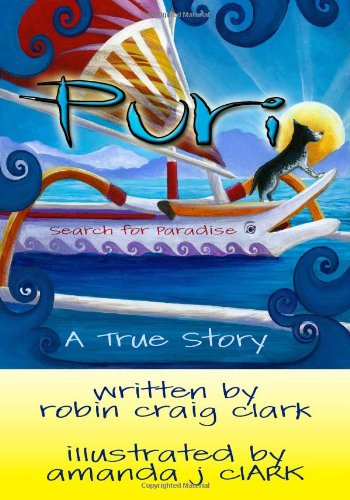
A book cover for Puri: In Search of Paradise; Robin Craig Clark; Children's Books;